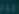
Transcribe